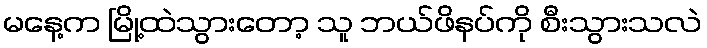
မနေ့က မြို့ထဲသွားတော့ သူ ဘယ်ဖိနပ်ကို စီးသွားသလဲ